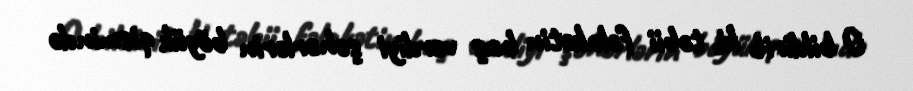
O bildirib ki, təbii fəlakətin baş verdiyi şəhərlərin böyük qismində